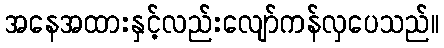
အနေအထားနှင့်လည်းလျော်ကန်လှပေသည်။